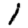
Digit: 1